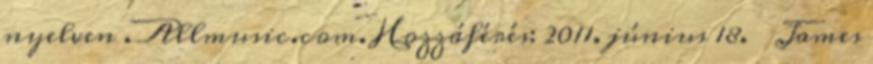
nyelven . Allmusic.com. Hozzáférés: 2011. június 18. ↑ James